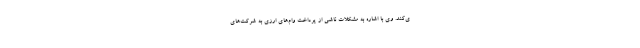
ی‌کند. وی با اشاره به مشکلات ناشی از پرداخت وام‌های ارزی به شرکت‌های